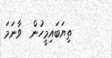
ތިޔަބައިމީހުން  ވާނަމަ